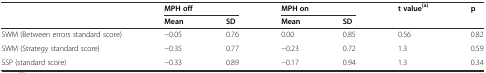
|  | <COLSPAN=2> MPH off | <COLSPAN=2> MPH on | t value(a) | p |
 |  | Mean | SD | Mean | SD |  |  |
 | --- | --- | --- | --- | --- | --- | --- |
 | SWM (Between errors standard score) | −0.05 | 0.76 | 0.00 | 0.85 | 0.56 | 0.82 |
 | SWM (Strategy standard score) | −0.35 | 0.77 | −0.23 | 0.72 | 1.3 | 0.59 |
 | SSP (standard score) | −0.33 | 0.89 | −0.17 | 0.94 | 1.3 | 0.34 |